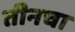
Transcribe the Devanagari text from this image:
तीनचा